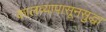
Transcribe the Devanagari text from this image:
कालव्यापासूनसुद्धा